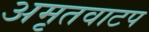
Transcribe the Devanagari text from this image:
अमृतवाटप